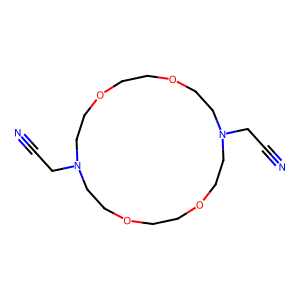
SMILES: N#CCN1CCOCCOCCN(CC#N)CCOCCOCC1
Inhibits HIV replication: No